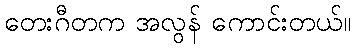
တေးဂီတက အလွန် ကောင်းတယ်။